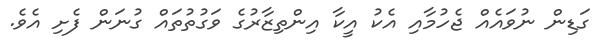
ގަޑިން ނުވައެއް ޖެހުމާއި އެކު އީކާ އިންތިޒާރުގެ ވަގުތުތައް ގުނަން ފެށި އެވެ.